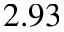
2 . 9 3